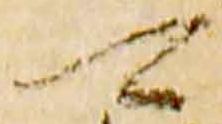
可